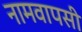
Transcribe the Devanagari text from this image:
नामवापसी